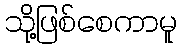
သို့ဖြစ်စေကာမူ